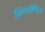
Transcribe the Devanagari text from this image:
क्लिऐंथिस